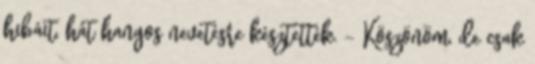
hibáit, hát hangos nevetésre késztették. - Köszönöm, de csak